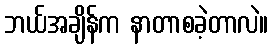
ဘယ်အချိန်က နာတာစခဲ့တာလဲ။